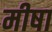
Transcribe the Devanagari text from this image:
मीषा